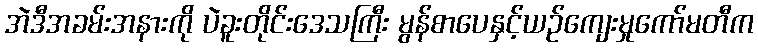
အဲဒီအခမ်းအနားကို ပဲခူးတိုင်းဒေသကြီး မွန်စာပေနှင့်ယဉ်ကျေးမှုကော်မတီက